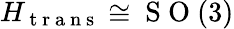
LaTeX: H_{\mathrm{~t~r~a~n~s~}}\cong\mathrm{~S~O~}(3)